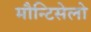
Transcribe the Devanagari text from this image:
मौन्टिसेलो